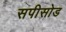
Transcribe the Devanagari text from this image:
सपीसोड